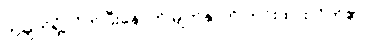
တချက်ရှုံ့လိုက်ပြီးနောက် မျက်နှာကို တင်းထားလိုက်၏။